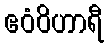
ဧဝံဝိဟာရီ